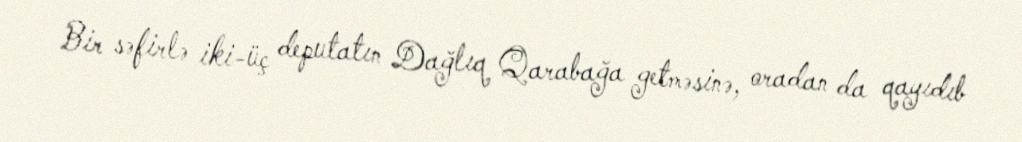
Bir səfirlə iki-üç deputatın Dağlıq Qarabağa getməsinə, oradan da qayıdıb